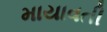
માયાવતી